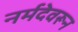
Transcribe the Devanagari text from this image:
नर्मदेवरून